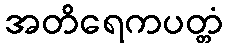
အတိရေကပတ္တံ